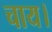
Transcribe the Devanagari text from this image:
चाय।